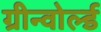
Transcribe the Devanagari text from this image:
ग्रीन्वोर्ल्ड